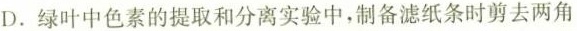
D.绿叶中色素的提取和分离实验中，制备滤纸条时剪去两角